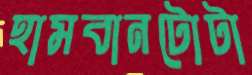
হামবানটোটা